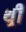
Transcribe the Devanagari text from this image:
थ़्री